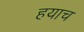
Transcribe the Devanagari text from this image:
हयाच